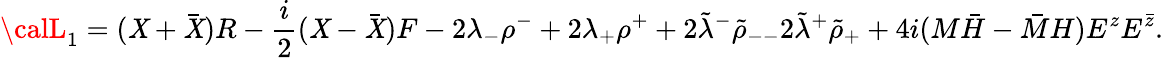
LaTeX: {\calL}_{1}=(\mathit{X}+\bar{{\mathit{X}}})R-{\frac{{i}}{{2}}}(\mathit{X}-\bar{{\mathit{X}}})F-2\lambda_{-}\rho^{-}+2\lambda_{+}\rho^{+}+2\tilde{{\lambda}}^{-}{\tilde{{\rho}}}_{--}2\tilde{{\lambda}}^{+}{\tilde{{\rho}}}_{+}+4i(M\bar{{H}}-\bar{{M}}H)E^{z}E^{\bar{{z}}}.